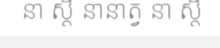
នា ស្តិ នានាត្វ នា ស្តិ